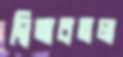
দ্বিঅবতল